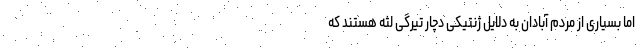
اما بسیاری از مردم آبادان به دلایل ژنتیکی دچار تیرگی لثه هستند که